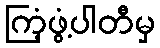
ကြံ့ဖွံ့ပါတီမှ